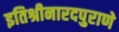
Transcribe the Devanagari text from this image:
इतिश्रीनारदपुराणे